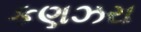
કણઝરા